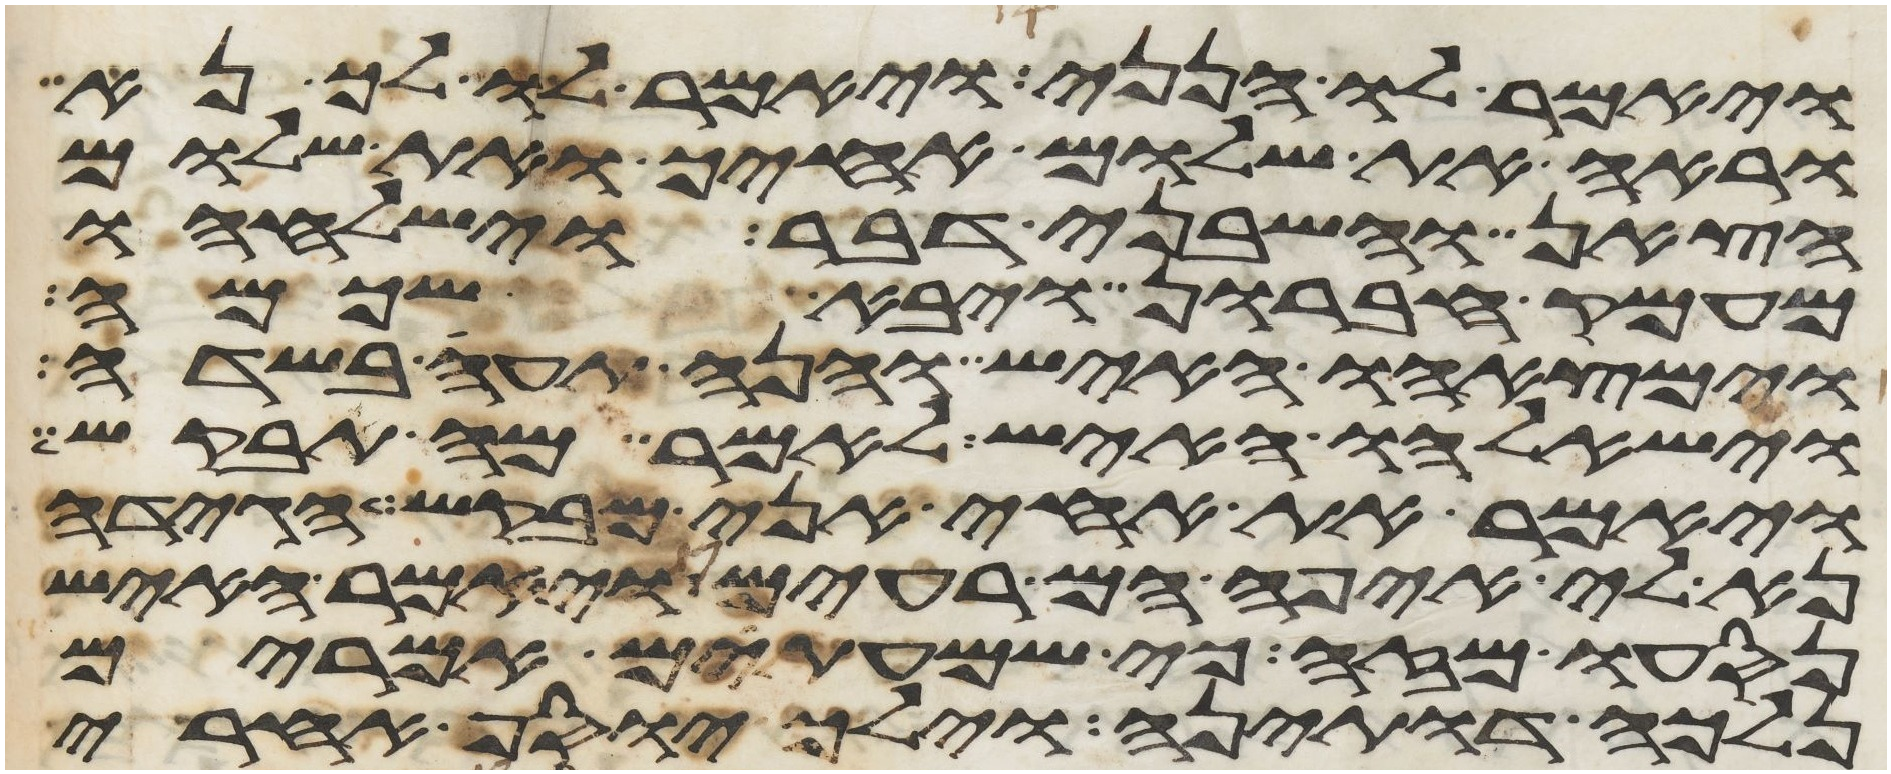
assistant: ויאמר לו הנני ויאמר לו לך נא
וראה את שלום אחיך ואת שלום
הצאן והשבני דבר וישלחהו
מעמק חברון ויבא שכמה
וימצאהו האיש והנה תעה בשדה
וישאלהו האיש לאמר מה תבקש
ויאמר את אחי אני מבקש הגידה
נא לי איפה הם רעים ויאמר האיש
נסעו מזה כי שמעתים אמרים
נלכה דותינה וילך יוסף אחרי